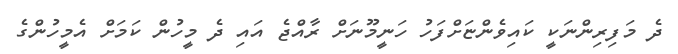
ދެ މަފިރިންނަކީ ކައިވެންޏަށްފަހު ހަނީމޫނަށް ރާއްޖެ އައި ދެ މީހުން ކަމަށް އެމީހުންގެ